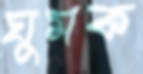
ঘুমক